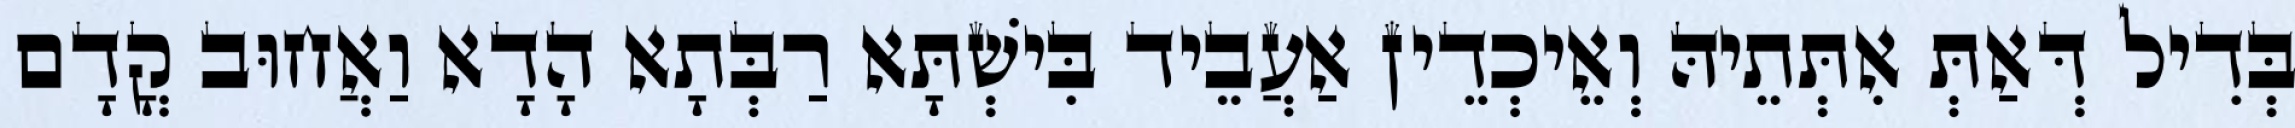
בְּדִיל דְּאַתְּ אִתְּתֵיהּ וְאֵיכְדֵין אַעֲבֵיד בִּישְׁתָּא רַבְּתָא הָדָא וַאֲחוּב קֳדָם